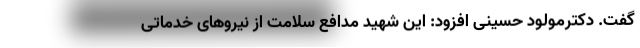
گفت. دکترمولود حسینی افزود: این شهید مدافع سلامت از نیروهای خدماتی